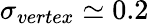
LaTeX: \sigma_{vertex}\simeq 0.2